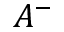
A ^ { - }